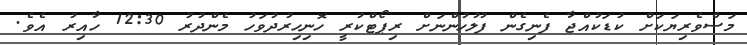
މަސްވެރިޔަކަށް ކުޑަކުއްޖާ ފެނިގެން ފުލުހުންނަށް ރިޕޯޓްކުރީ ހޮނިހިރުދުވަހު މެންދުރު 12:30 ހާއިރު އެވެ.